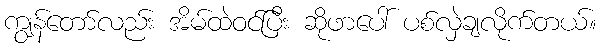
ကျွန်တော်လည်း အိမ်ထဲဝင်ပြီး ဆိုဖာပေါ် ပစ်လှဲချလိုက်တယ်။